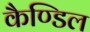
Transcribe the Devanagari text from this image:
कैण्डिल